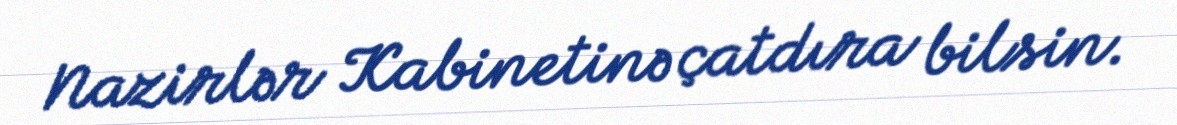
Nazirlər Kabinetinə çatdıra bilsin.